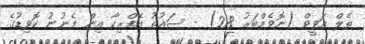
ތެލް އަވީވް (ނޮވެމްބަރު 28) - ސައުތު އެފްރިކާ އިން ފެނުނު ކޮވިޑުގެ